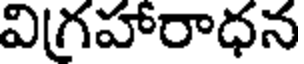
విగ్రహారాధన